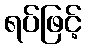
ရပ်ဖြင့်